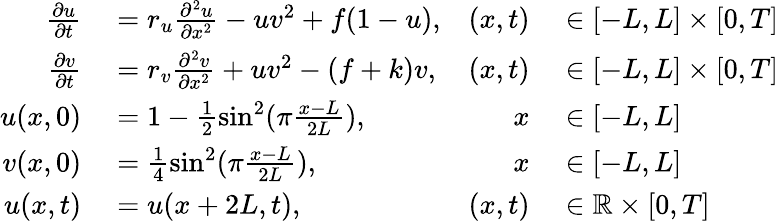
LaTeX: \begin{array}{rlrl}{\frac{\partial u}{\partial t}}&{{}=r_{u}\frac{\partial^{2}u}{\partial x^{2}}-uv^{2}+f(1-u),}&{(x,t)}&{{}\in[-L,L]\times[0,T]}\\ {\frac{\partial v}{\partial t}}&{{}=r_{v}\frac{\partial^{2}v}{\partial x^{2}}+uv^{2}-(f+k)v,}&{(x,t)}&{{}\in[-L,L]\times[0,T]}\\ {u(x,0)}&{{}=1-\frac{1}{2}\sin^{2}(\pi\frac{x-L}{2L}),}&{x}&{{}\in[-L,L]}\\ {v(x,0)}&{{}=\frac{1}{4}\sin^{2}(\pi\frac{x-L}{2L}),}&{x}&{{}\in[-L,L]}\\ {u(x,t)}&{{}=u(x+2L,t),}&{(x,t)}&{{}\in\mathbb{R}\times[0,T]}\end{array}